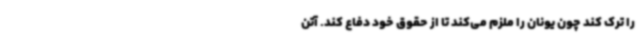
را ترک کند چون یونان را ملزم می‌کند تا از حقوق خود دفاع کند. آتن